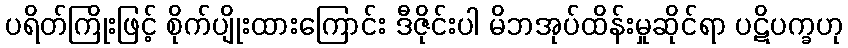
ပရိတ်ကြိုးဖြင့် စိုက်ပျိုးထားကြောင်း ဒီဇိုင်းပါ မိဘအုပ်ထိန်းမှုဆိုင်ရာ ပဋိပက္ခဟု